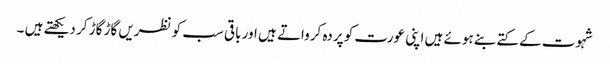
شہوت کے کتے بنے ہوئے ہیں اپنی عورت کو پردہ کرواتے ہیں اور باقی سب کو نظریں گاڑ گاڑ کر دیکھتے ہیں ۔